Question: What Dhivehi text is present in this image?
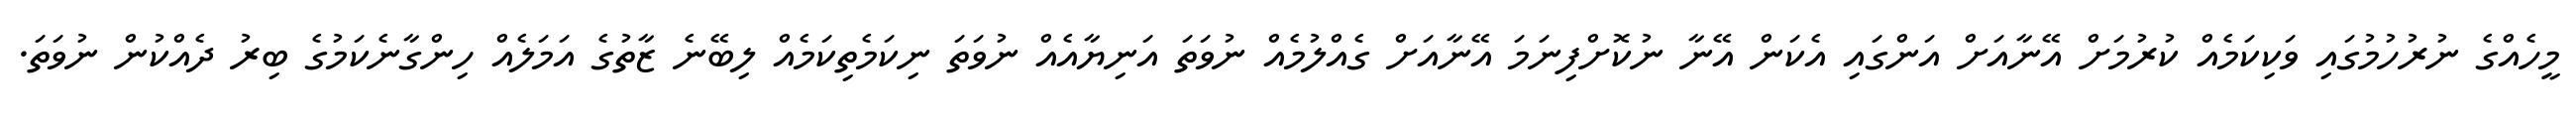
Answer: މީހެއްގެ ނުރުހުމުގައި ވަކިކަމެއް ކުރުމަށް އޭނާއަށް އަންގައި އެކަން އޭނާ ނުކޮށްފިނަމަ އޭނާއަށް ގެއްލުމެއް ނުވަތަ އަނިޔާއެއް ނުވަތަ ނިކަމެތިކަމެއް ލިބޭނެ ޒާތުގެ އަމަލެއް ހިންގާނެކަމުގެ ބިރު ދެއްކުން ނުވަތަ.